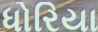
ધોરિયા